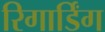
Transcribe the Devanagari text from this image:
रिगार्डिंग